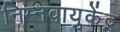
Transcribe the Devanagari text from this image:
निम्नवायुकेंद्र